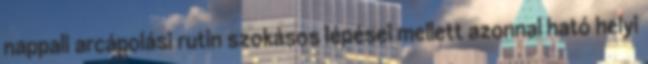
nappali arcápolási rutin szokásos lépései mellett azonnal ható helyi